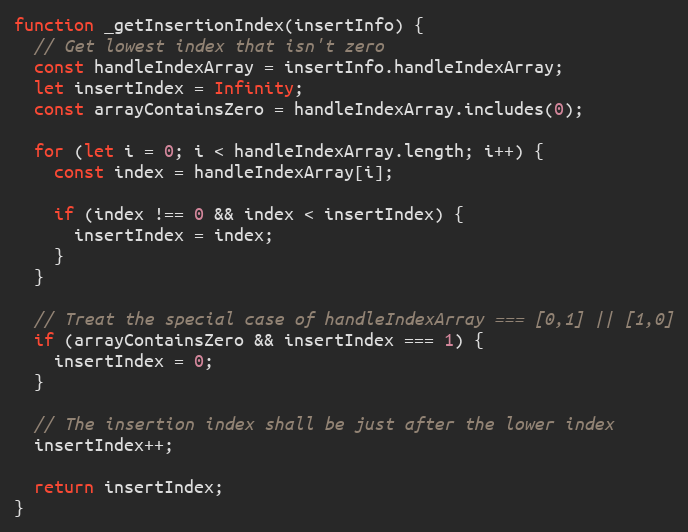
Language: JavaScript
function _getInsertionIndex(insertInfo) {
  // Get lowest index that isn't zero
  const handleIndexArray = insertInfo.handleIndexArray;
  let insertIndex = Infinity;
  const arrayContainsZero = handleIndexArray.includes(0);

  for (let i = 0; i < handleIndexArray.length; i++) {
    const index = handleIndexArray[i];

    if (index !== 0 && index < insertIndex) {
      insertIndex = index;
    }
  }

  // Treat the special case of handleIndexArray === [0,1] || [1,0]
  if (arrayContainsZero && insertIndex === 1) {
    insertIndex = 0;
  }

  // The insertion index shall be just after the lower index
  insertIndex++;

  return insertIndex;
}